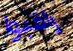
راقبوا